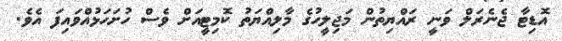
އޮޑިޓާ ޖެނެރަލް ވަނީ ރައްޔިތުން މަޖިލީހުގެ މާލިއްޔަތު ކޮމިޓީއަށް ވެސް ހުށަހަޅުއްވައިފަ އެވެ.